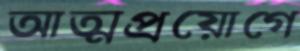
আত্মপ্রয়োগে